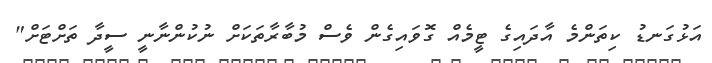
އަޅުގަނޑު ކިތަންމެ އާދައިގެ ޓީމެއް ގޮވައިގެން ވެސް މުބާރާތަަަކަށް ނުކުންނާނީ ސީދާ ތަށްޓަށް"